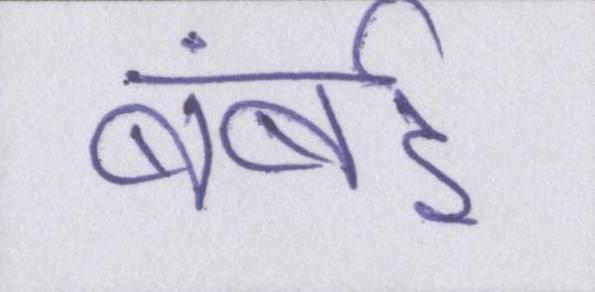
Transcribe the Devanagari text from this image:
बंबई